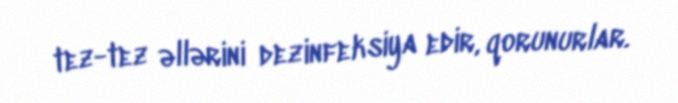
tez-tez əllərini dezinfeksiya edir, qorunurlar.